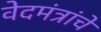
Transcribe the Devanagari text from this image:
वेदमंत्रांचे